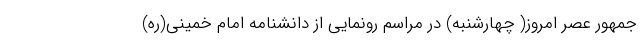
جمهور عصر امروز( چهارشنبه) در مراسم رونمایی از دانشنامه امام خمینی(ره)